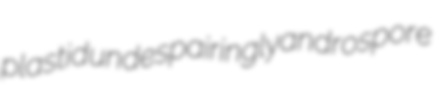
plastid undespairingly androspore